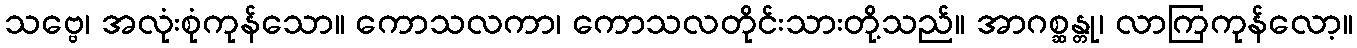
သဗ္ဗေ၊ အလုံးစုံကုန်သော။ ကောသလကာ၊ ကောသလတိုင်းသားတို့သည်။ အာဂစ္ဆန္တု၊ လာကြကုန်လော့။